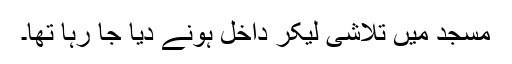
مسجد میں تلاشی لیکر داخل ہونے دیا جا رہا تھا۔